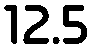
12.5